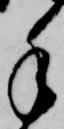
手